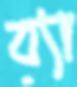
ব্যা